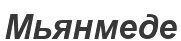
Мьянмеде